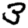
Digit: 3